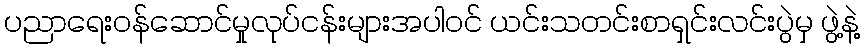
ပညာရေးဝန်ဆောင်မှုလုပ်ငန်းများအပါဝင် ယင်းသတင်းစာရှင်းလင်းပွဲမှ ဖွဲ့နဲ့